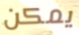
يمكن